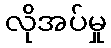
လိုအပ်မှု